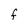
Character: F